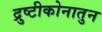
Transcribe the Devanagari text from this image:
द्रुष्टीकोनातुन